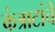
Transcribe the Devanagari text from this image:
कंत्राटांचे